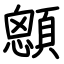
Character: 顖